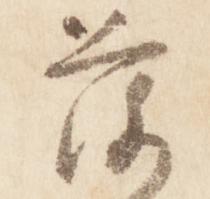
落